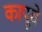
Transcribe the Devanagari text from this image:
कापूचे